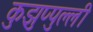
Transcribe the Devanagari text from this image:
कुझुप्पुल्ली